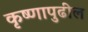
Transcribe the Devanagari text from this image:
कृष्णापुढील